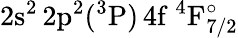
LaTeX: \mathrm{2s^{2}\, 2p^{2}(^{3}P)\, 4f~^{4}F_{7/2}^{\circ}}